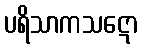
ပရိသာကသဋော